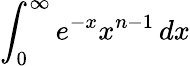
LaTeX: \int_{0}^{\infty}e^{-x}x^{n-1}\, dx